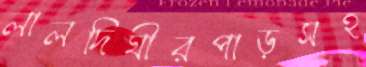
লালদিঘীরপাড়সহ